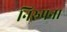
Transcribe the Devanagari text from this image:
निरुपना